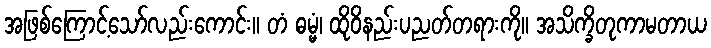
အဖြစ်ကြောင့်သော်လည်းကောင်း။ တံ ဓမ္မံ၊ ထိုဝိနည်းပညတ်တရားကို။ အသိက္ခိတုကာမတာယ